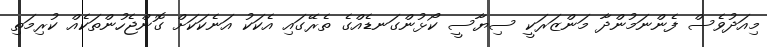
މިއަދުވެސް ފެންނަމުންދާ މަންޒަރަކީ ސިޔާސީ ކޯޅުންގަނޑެއްގެ ތެރޭގައި އެކަކު އަނެކަކަށް ގޮންޖެހުންތަކެއް ކުރިމަތި